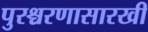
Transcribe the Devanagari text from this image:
पुरश्चरणासारखी